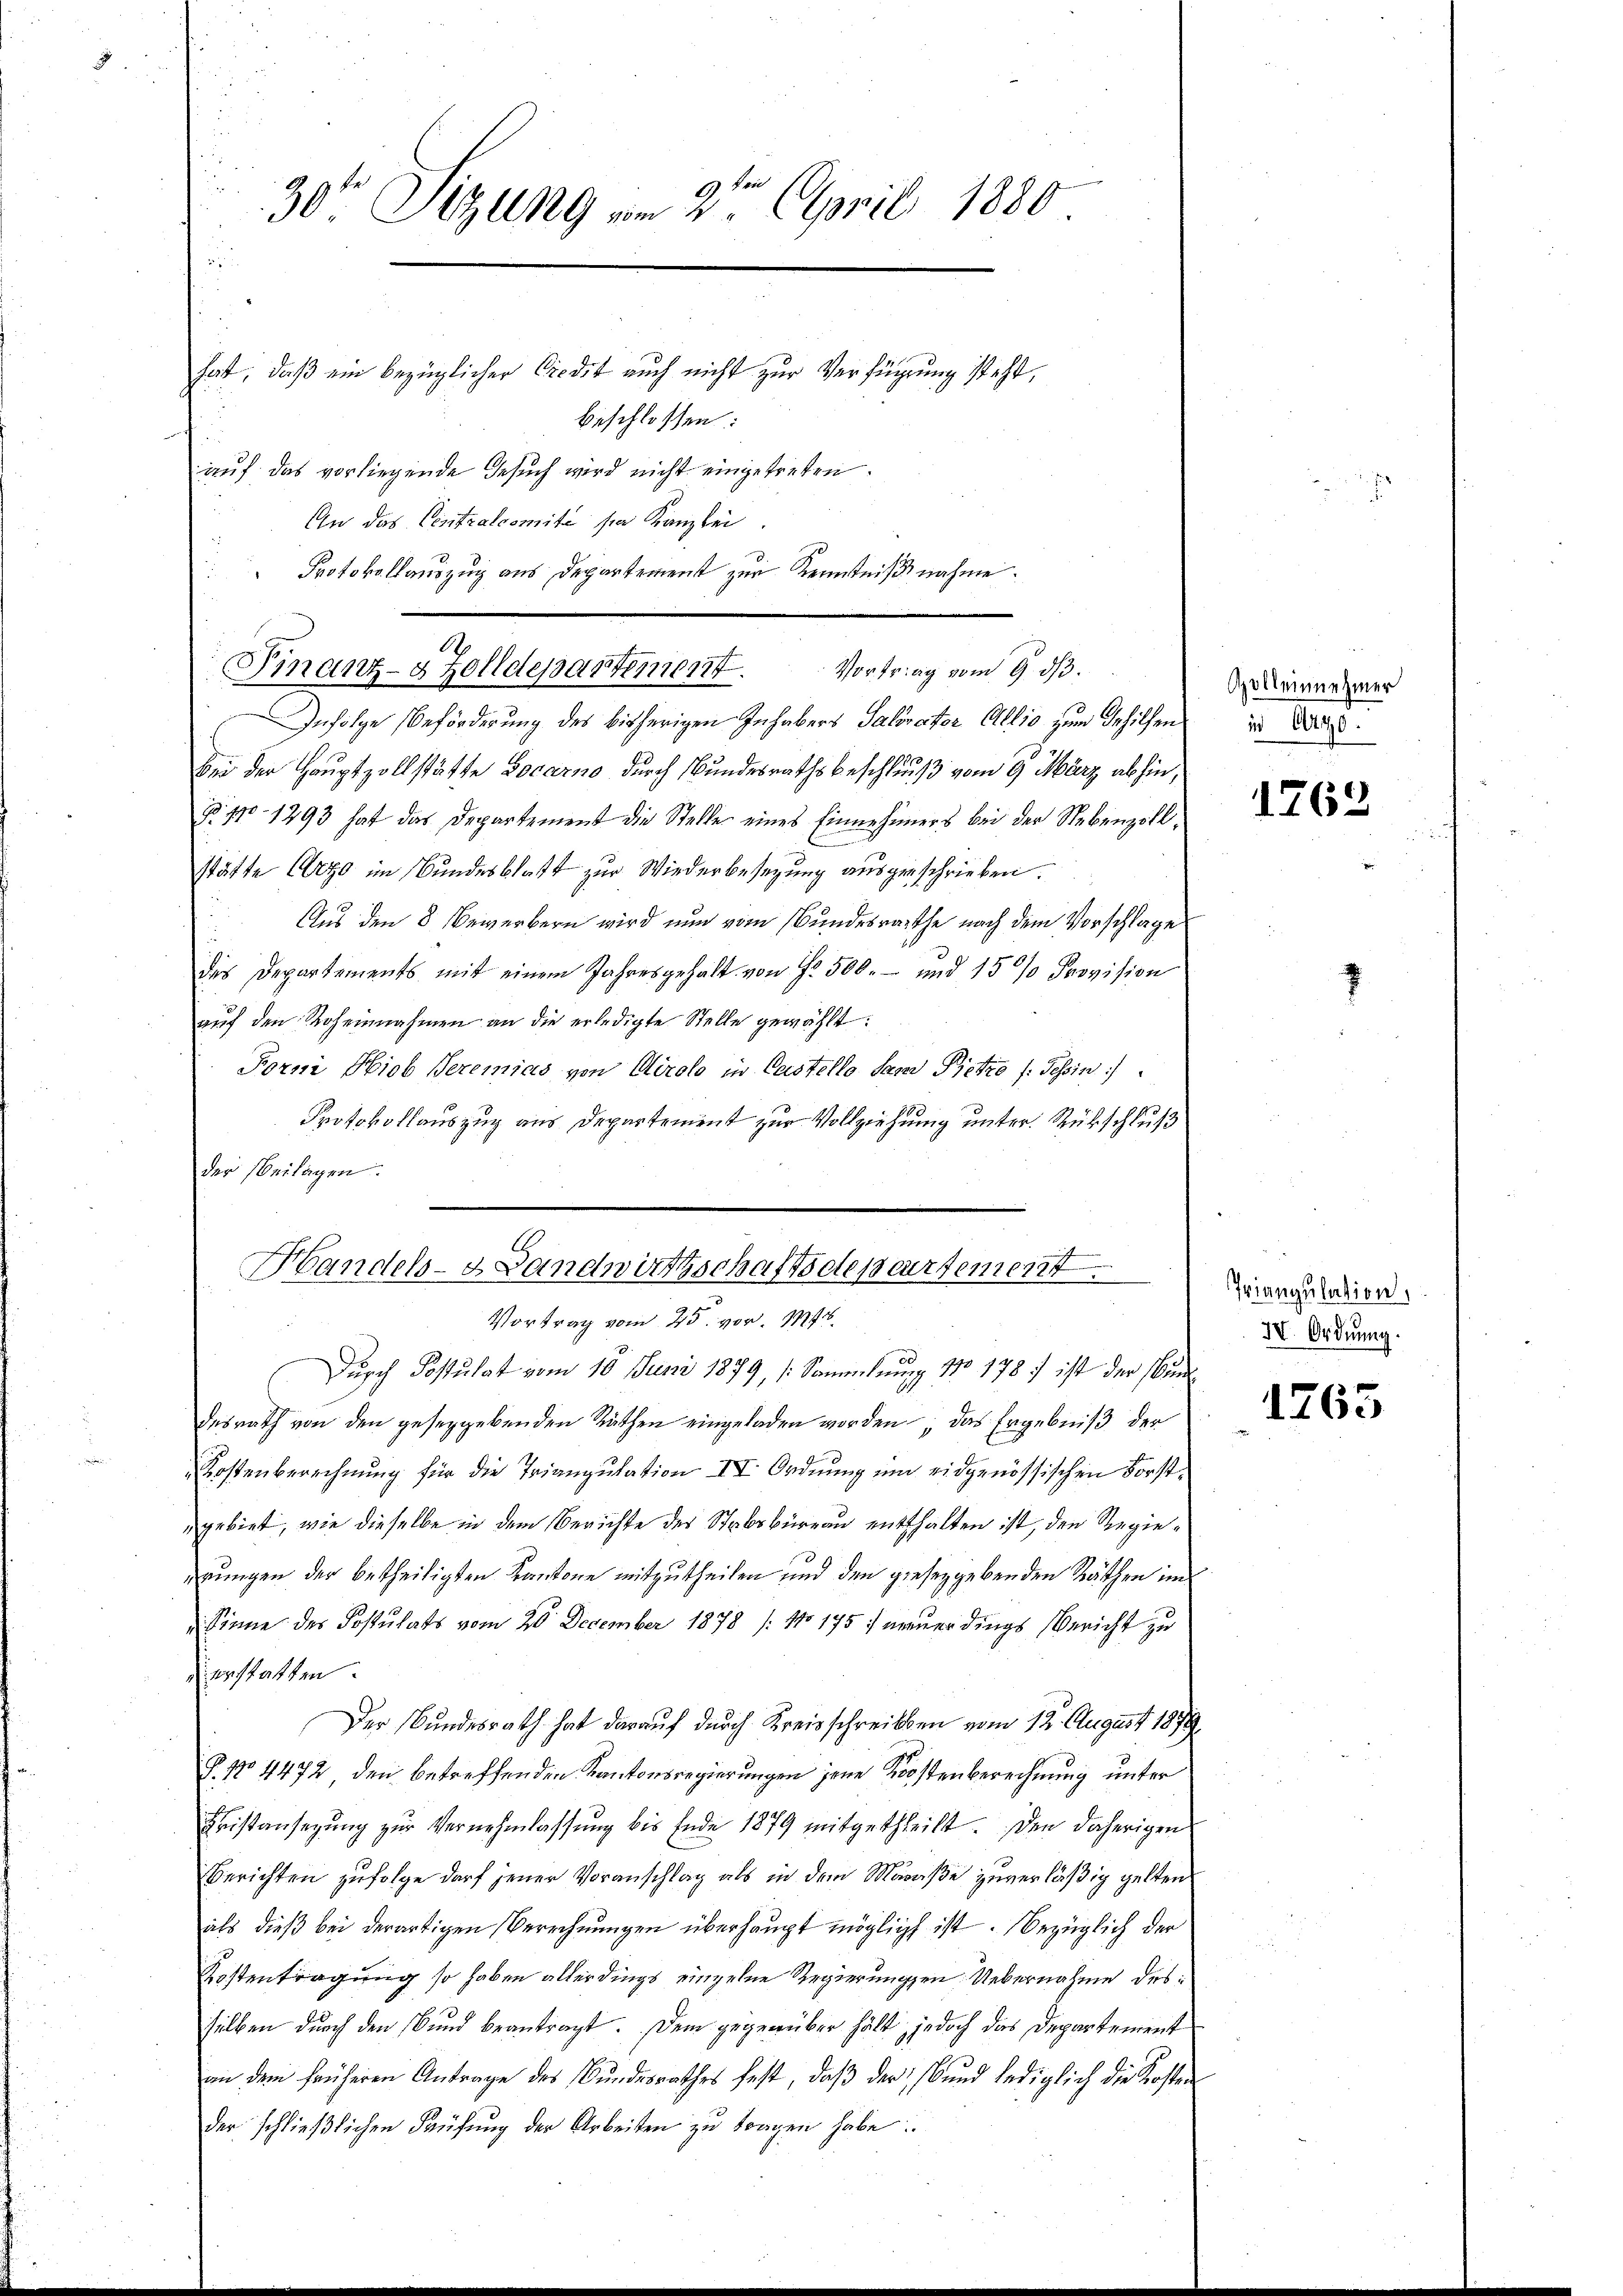
30ten Sizung im 2ten April 1880
hat, daß ein bezüglicher Credit auch nicht zur Verfügung steht,
beschlossen:
auf das vorliegende Gesuch wird nicht eingetreten.

An das Centralcomite sie Kanzlei
" Protokollauszug aus Departement zur Kenntnißnahme.

A
Finanz-8 Zolldepartement. Vortrag vom 9. dβ.

Infolge Beförderung des bisherigen Inhabers Salorator Allio zum Gehilfen
bei der Hauptzollstätte Locarno durch Bundesrathsbeschluß vom 9. März abhin,
B. 170 - 1293 hat das Departement die Stelle eines Einnehmers bei der Nebenzollstätte Erz im Bundesblatt zur Wiederbesetzung ausgeschrieben.
Aus den 8 bewerbern wird nun vom Bundesrathe nach dem Vorschlage
dies Departements mit einem Jahresgehalt von Fr. 500.- und 15 % Provision
auf den Roheinnahmen an die erledigte Stelle gewählt:
Forni Hiob Seremias von Airolo in Castello Sam Pietro /: Tessin
Protokollauszug aus Departement zur Vollziehung unter Rückschluß
der Beilagen.
Durch Postulat vom 10. Juni 1879, /: Sammlung No 178 f ist der Bundesrath von den geseggebenden Räthen eingeladen worden „das Ergebniß der
Kostenberechnung für die Triangulation IV. Ordnung und eidgenössischen Forstgebiet, wie dieselbe in dem Berichte der Stabsbureau enthalten ist, den Regieerungen der betheiligten Kantone mitzutheilen und den gesetzgebenden Räthen im
Sinne des Postulats vom 20. December 1878 /: No 175. neuerdings Bericht zu
erstatten.
Der Bundesrath hat darauf durch Kreisschreiben vom 12. August 1879
P. No 4472, den betreffenden Kantonsregierungen jene Kostenberechnung unter
Cristansezung zur Vernehmlassung bis Ende 1879 mitgetheilt. Den daherigen
Berichten zufolge darf jener Voranschlag als in dem Maraße zuverläßig gelten
als dieβ bei derartigen Berechnungen überhaupt möglich ist. Bezüglich der
Kostentragung so haben allerdings einzelne Regierungen Uebernahme desselben durch den und beantragt. Dem gegenüber hält jedoch das Departement
an dem früheren Antrage des Bŭndesrathes fest, daβ der Bŭnd lediglich die Kosten
der schließlichen Kaufung der Arbeiten zu tragen habe.

Handels- & Landwirthschaftseleseartement
Vortrag vom 25. vor. 146.

Apolleinehmer
in Argo

1762

Triangulation,
IV. Ordnung.

1765